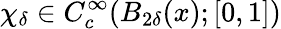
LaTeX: \chi_{\delta}\in C_{c}^{\infty}(B_{2\delta}(x);[0,1])